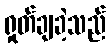
ရှုတ်ချခဲ့သည်